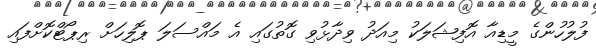
ފުލުހުންގެ މީޑިއާ އޮފިޝަލަކު މިއަދު ވިދާޅުވި ގޮތުގައި އެ މައްސަލަ ޕޮލިހަށް ރިޕޯޓްކޮށްފައި